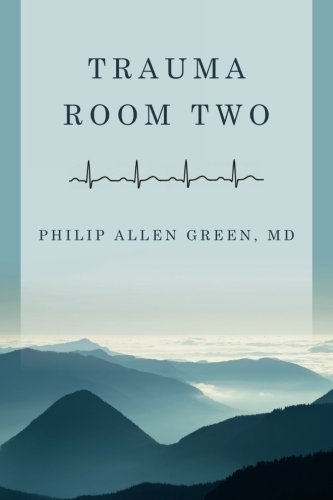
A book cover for Trauma Room Two; Philip Allen Green; Mystery, Thriller & Suspense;